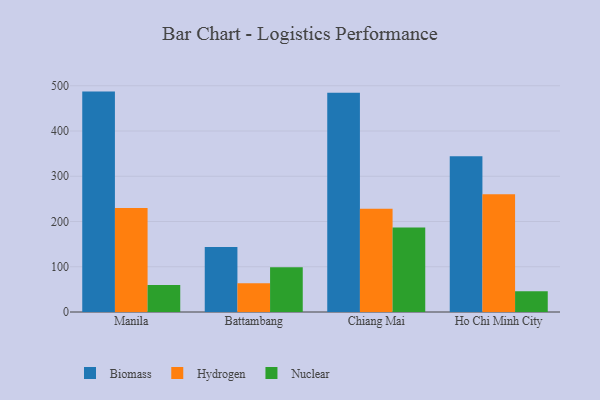
{"axis": {"x": "City", "y": "Budget (USD K)"}, "legend": ["Biomass", "Hydrogen", "Nuclear"], "data": [{"x": "Manila", "y": 487.1, "type": "Biomass"}, {"x": "Manila", "y": 229.7, "type": "Hydrogen"}, {"x": "Manila", "y": 59.5, "type": "Nuclear"}, {"x": "Battambang", "y": 143.4, "type": "Biomass"}, {"x": "Battambang", "y": 63.6, "type": "Hydrogen"}, {"x": "Battambang", "y": 98.8, "type": "Nuclear"}, {"x": "Chiang Mai", "y": 484.3, "type": "Biomass"}, {"x": "Chiang Mai", "y": 228.0, "type": "Hydrogen"}, {"x": "Chiang Mai", "y": 186.7, "type": "Nuclear"}, {"x": "Ho Chi Minh City", "y": 344.0, "type": "Biomass"}, {"x": "Ho Chi Minh City", "y": 260.3, "type": "Hydrogen"}, {"x": "Ho Chi Minh City", "y": 46.0, "type": "Nuclear"}]}